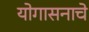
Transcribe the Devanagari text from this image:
योगासनाचे